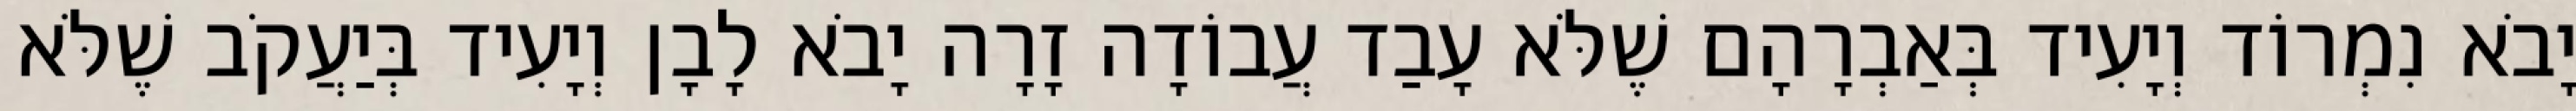
יָבֹא נִמְרוֹד וְיָעִיד בְּאַבְרָהָם שֶׁלֹּא עָבַד עֲבוֹדָה זָרָה יָבֹא לָבָן וְיָעִיד בְּיַעֲקֹב שֶׁלֹּא